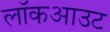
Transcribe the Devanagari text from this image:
लॉकआउट